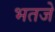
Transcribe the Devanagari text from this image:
भतजे